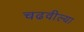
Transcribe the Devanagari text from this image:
चढवील्या